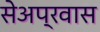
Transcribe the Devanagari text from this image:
सेअप्रवास